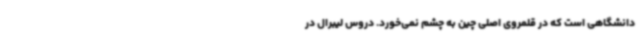
دانشگاهی است که در قلمروی اصلی چین به چشم نمی‌خورد. دروس لیبرال در